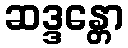
ဆဒ္ဒန္တော